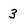
Character: 3